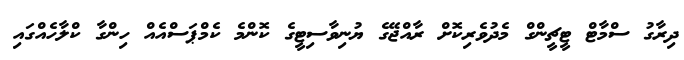
ދިރާގު ސްމާޓް ޓީޗީންގް މެދުވެރިކޮށް ރާއްޖޭގެ ޔުނިވާސިޓީގެ ކޮންމެ ކެމްޕަސްއެއް ހިންގާ ކްލާހެއްގައި